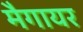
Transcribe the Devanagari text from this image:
मैगायर